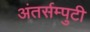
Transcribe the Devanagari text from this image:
अंतर्सम्पुटी